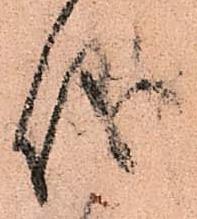
儀